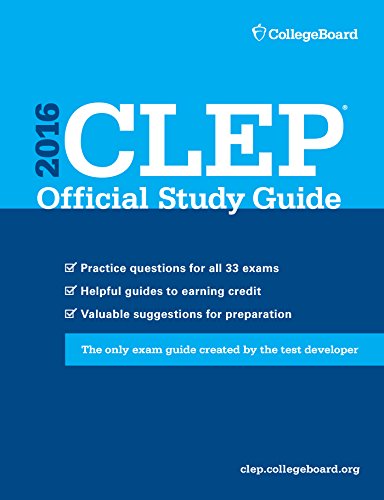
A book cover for CLEP Official Study Guide 2016; The College Board; Test Preparation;